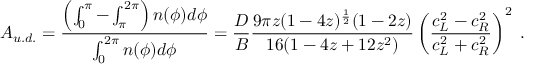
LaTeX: { \cal A } _ { u . d . } = { \frac { \left( \int _ { 0 } ^ { \pi } - \int _ { \pi } ^ { 2 \pi } \right) n ( \phi ) d \phi } { \int _ { 0 } ^ { 2 \pi } n ( \phi ) d \phi } } = { \frac { D } { B } } { \frac { 9 \pi z ( 1 - 4 z ) ^ { \frac { 1 } { 2 } } ( 1 - 2 z ) } { 1 6 ( 1 - 4 z + 1 2 z ^ { 2 } ) } } \left( { \frac { c _ { L } ^ { 2 } - c _ { R } ^ { 2 } } { c _ { L } ^ { 2 } + c _ { R } ^ { 2 } } } \right) ^ { 2 } \; .